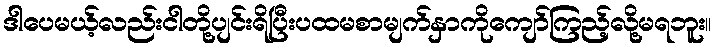
ဒါပေမယ့်လည်းငါတို့ပျင်းရိပြီးပထမစာမျက်နှာကိုကျော်ကြည့်လို့မရဘူး။